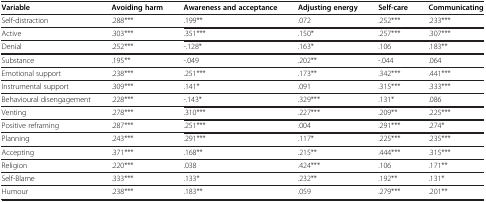
| Variable | Avoiding harm | Awareness and acceptance | Adjusting energy | Self-care | Communicating |
 | --- | --- | --- | --- | --- | --- |
 | Self-distraction | .288*** | .199** | .072 | .252*** | .233*** |
 | Active | .303*** | .351*** | .150* | .257*** | .307*** |
 | Denial | .252*** | -.128* | .163* | .106 | .183** |
 | Substance | .195** | -.049 | .202** | -.044 | .064 |
 | Emotional support | .238*** | .251*** | .173** | .342*** | .441*** |
 | Instrumental support | .309*** | .141* | .091 | .315*** | .333*** |
 | Behavioural disengagement | .228*** | -.143* | .329*** | .131* | .086 |
 | Venting | .278*** | .310*** | .227*** | .209** | .225*** |
 | Positive reframing | .287*** | .251*** | .004 | .291*** | .274* |
 | Planning | .243*** | .291*** | .117* | .225*** | .235*** |
 | Accepting | .371*** | .168** | .215** | .444*** | .315*** |
 | Religion | .220*** | .038 | .424*** | .106 | .171** |
 | Self-Blame | .333*** | .133* | .232** | .192** | .131* |
 | Humour | .238*** | .183** | .059 | .279*** | .201** |